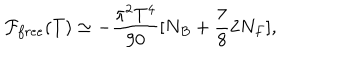
{ \cal F } _ { f r e e } ( T ) \simeq - { \frac { \pi ^ { 2 } T ^ { 4 } } { 9 0 } } [ N _ { B } + { \frac { 7 } { 8 } } 2 N _ { F } ] ,